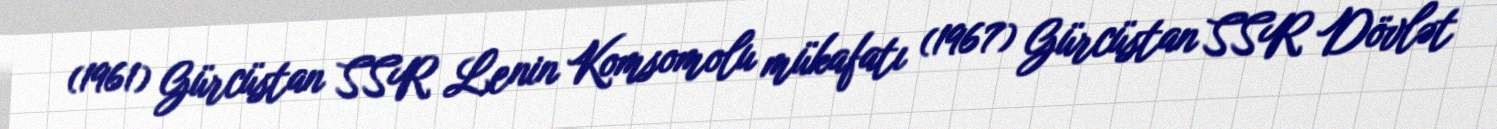
(1961) Gürcüstan SSR Lenin Komsomolu mükafatı (1967) Gürcüstan SSR Dövlət